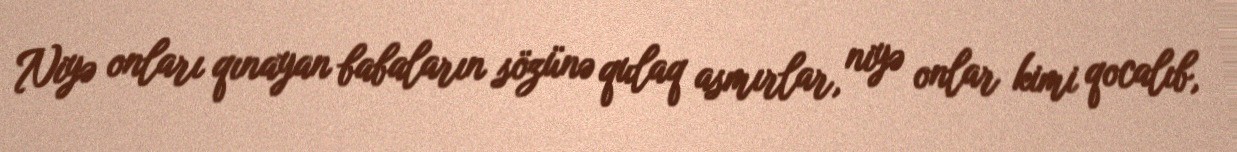
Niyə onları qınayan babaların sözünə qulaq asmırlar, niyə onlar kimi qocalıb,